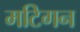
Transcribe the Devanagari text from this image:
मटिगन